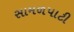
સામળપાટી